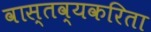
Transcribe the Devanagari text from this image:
वास्तव्यकरिता